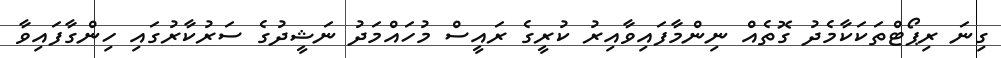
ގިނަ ރިޕޯޓްތަކަކާމެދު ގޮތެއް ނިންމާފައިވާއިރު ކުރީގެ ރައީސް މުހައްމަދު ނަޝީދުގެ ސަރުކާރުގައި ހިންގާފައިވާ